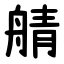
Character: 䑶